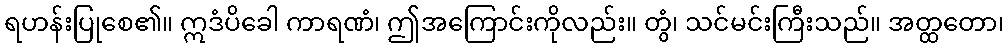
ရဟန်းပြုစေ၏။ ဣဒံပိခေါ ကာရဏံ၊ ဤအကြောင်းကိုလည်း။ တွံ၊ သင်မင်းကြီးသည်။ အတ္ထတော၊